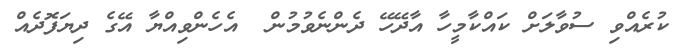
ކުރެއްވި ސުވާލަށް ކައްކާމީހާ އާދޭހޭ ދެންނެވުމުން  އެހެންވިއްޔާ އޭގެ ދިޔަފޮދެއް